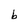
Character: b